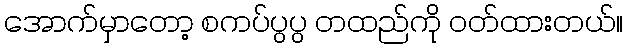
အောက်မှာတော့ စကပ်ပွပွ တထည်ကို ဝတ်ထားတယ်။